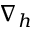
\nabla _ { h }